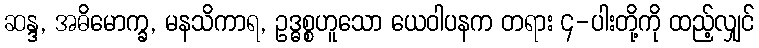
ဆန္ဒ, အဓိမောက္ခ, မနသိကာရ, ဥဒ္ဓစ္စဟူသော ယေဝါပနက တရား ၄-ပါးတို့ကို ထည့်လျှင်